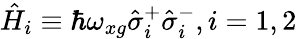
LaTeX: \hat{H}_{i}\equiv\hbar\omega_{xg}\hat{\sigma}_{i}^{+}\hat{\sigma}_{i}^{-},i=1,2